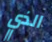
الذي